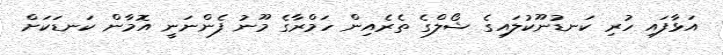
އަޅާފައި ހުރި ކަނޑުނޫކުލައިގެ ޝޯލްގެ ތެރެއިން ހަމްރާގެ މޫނު ފެންނަނީ އޮމާން ކަނޑަކަށް